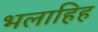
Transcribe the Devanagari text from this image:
भलाहिह